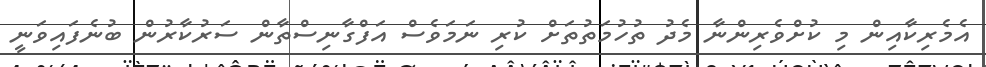
އެމެރިކާއިން މި ކުށްވެރިންނާ މެދު ތުހުމަތުތަށް ކުރި ނަމަވެސް އަފްގާނިސްތާން ސަރުކާރުން ބުނެފައިވަނީ